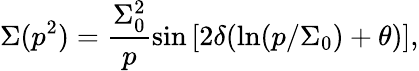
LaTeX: \Sigma(p^{2})=\frac{\Sigma_{0}^{2}}{p}\sin\left[2\delta(\ln(p/\Sigma_{0})+\theta)\right],